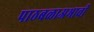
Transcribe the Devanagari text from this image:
पाठबळाअभावी